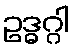
ဥဒ္ဓဂ္ဂါ